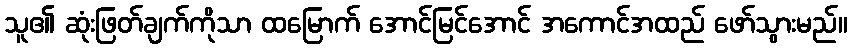
သူ၏ ဆုံးဖြတ်ချက်ကိုသာ ထမြောက် အောင်မြင်အောင် အကောင်အထည် ဖော်သွားမည်။